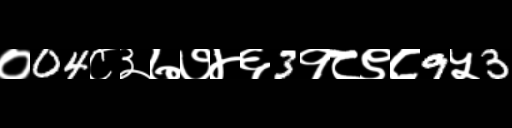
Text: ०04८३७७४६3१८९८9५3